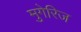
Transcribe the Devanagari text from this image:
मुगेरिज